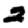
Digit: 2